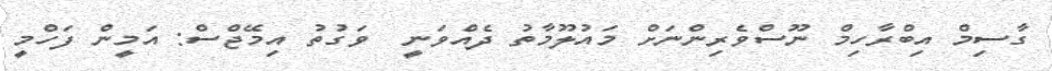
ގާސިމް އިބްރާހިމް ނޫސްވެރިންނަށް މައުލޫމާތު ދެއްވަނީ  ވަގުތު އިމޭޖްސް: އަމީން ފަހްމީ